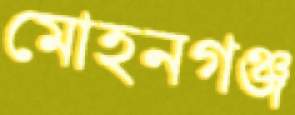
মোহনগঞ্জ